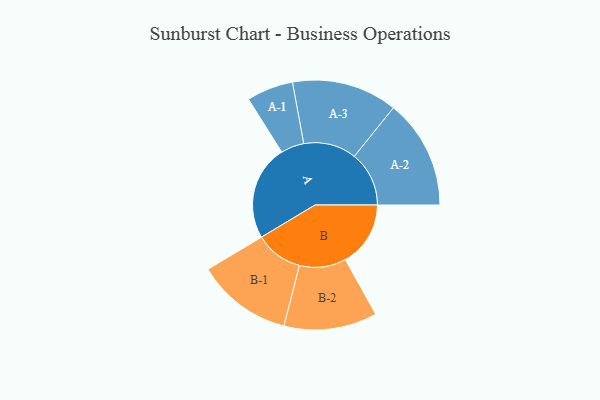
{"axis": {"x": "Segment", "y": "Value"}, "legend": ["", "A", "B"], "data": [{"x": "A", "y": 490, "type": ""}, {"x": "B", "y": 336, "type": ""}, {"x": "A-1", "y": 120, "type": "A"}, {"x": "A-2", "y": 282, "type": "A"}, {"x": "A-3", "y": 272, "type": "A"}, {"x": "B-1", "y": 246, "type": "B"}, {"x": "B-2", "y": 240, "type": "B"}]}